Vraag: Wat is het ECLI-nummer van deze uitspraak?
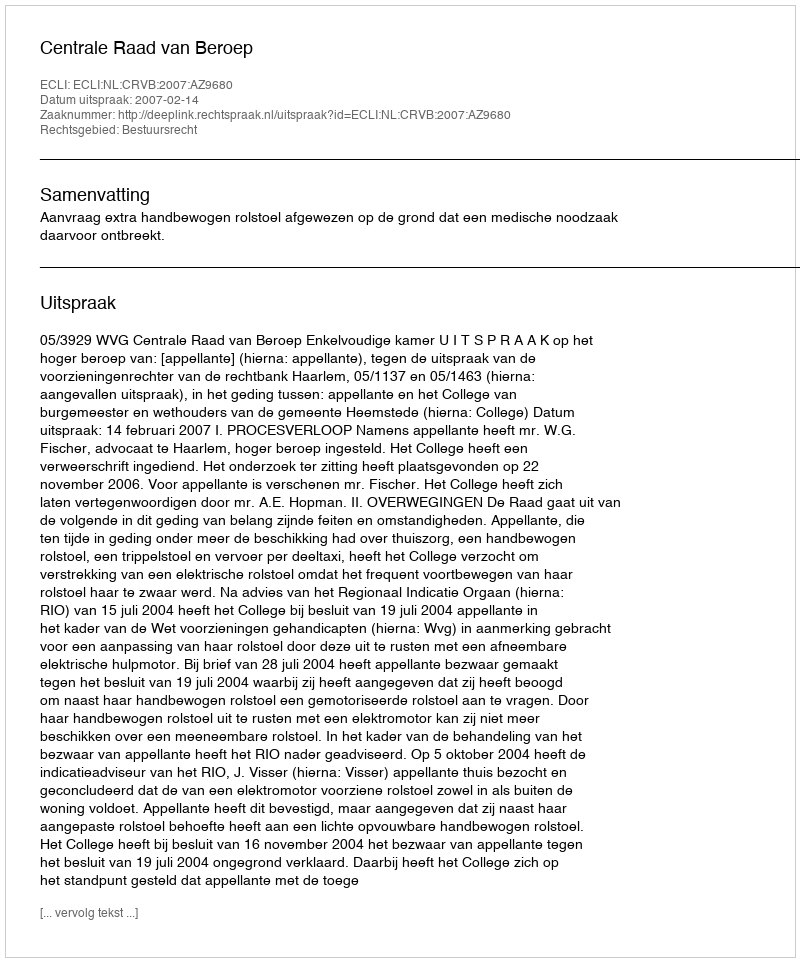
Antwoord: ECLI:NL:CRVB:2007:AZ9680